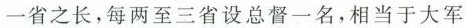
一省之长，每两至三省设总督一名，相当于大军